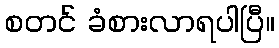
စတင် ခံစားလာရပါပြီ။